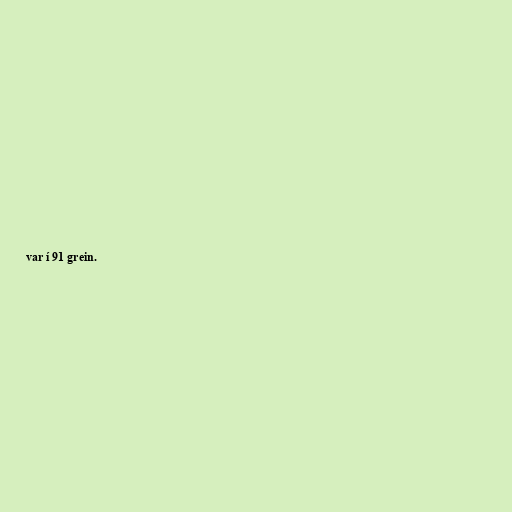
var í 91 grein.